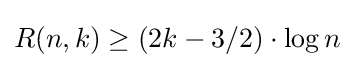
R(n,k)\geq (2k-3/2)\cdot \log {n}